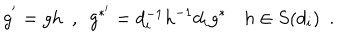
g ^ { ' } = g h \ \ , \ \ g ^ { * ^ { \prime } } = d _ { i } ^ { - 1 } h ^ { - 1 } d _ { i } g ^ { * } \ \, \ \ h \in S ( d _ { i } ) \ \ .